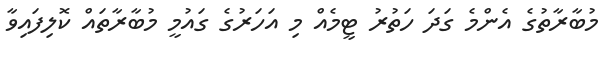
މުބާރާތުގެ އެންމެ ގަދަ ހަތުރު ޓީމެއް މި އަހަރުގެ ގައުމީ މުބާރާތައް ކޮލިފައިވާ